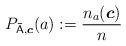
LaTeX: \begin{align*} P_{\mathsf{\bar{A}},\boldsymbol{c}}(a) := \frac{n_a(\boldsymbol{c})}{n}\end{align*}